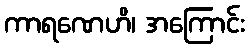
ကာရဏေဟိ၊ အကြောင်း